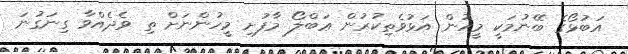
އަބުޅޯގެ ބޭނުމަކީ މީހުން އަޅުވެތިކުރުން ޢަބްލޯ މާފުށި މީހުންނަށް ތި ވެދެއްވާ ގިނަގުނަ